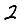
Digit: 2